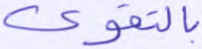
بالتقوى